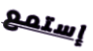
إستمع